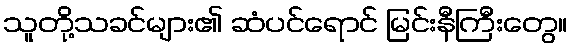
သူတို့သခင်များ၏ ဆံပင်ရောင် မြင်းနီကြီးတွေ။